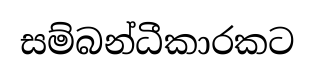
සම්බන්ධීකාරකට